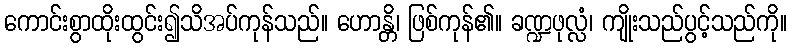
ကောင်းစွာထိုးထွင်း၍သိအပ်ကုန်သည်။ ဟောန္တိ၊ ဖြစ်ကုန်၏။ ခဏ္ဍဖုလ္လံ၊ ကျိုးသည်ပွင့်သည်ကို။